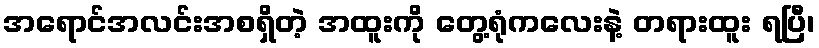
အရောင်အလင်းအစရှိတဲ့ အထူးကို တွေ့ရုံကလေးနဲ့ တရားထူး ရပြီ၊